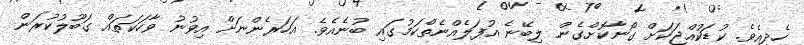
ހެދީއެވެ. ކުޑަކުއްޖަކަށް ގޯނާކޮށްގެން ލިބޭނެ އުފަލެއްނެތްކަމުގައި ބުނެއެވެ. އަހަރެންނަށް އިވުނު ވާހަކަތައް ގަބޫލުކުރަން